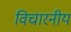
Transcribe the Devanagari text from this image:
विचारनीय